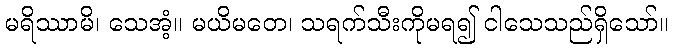
မရိဿာမိ၊ သေအံ့။ မယိမတေ၊ သရက်သီးကိုမရ၍ ငါသေသည်ရှိသော်။